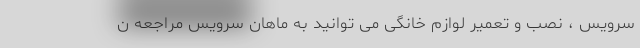
سرویس ، نصب و تعمیر لوازم خانگی می توانید به ماهان سرویس مراجعه ن